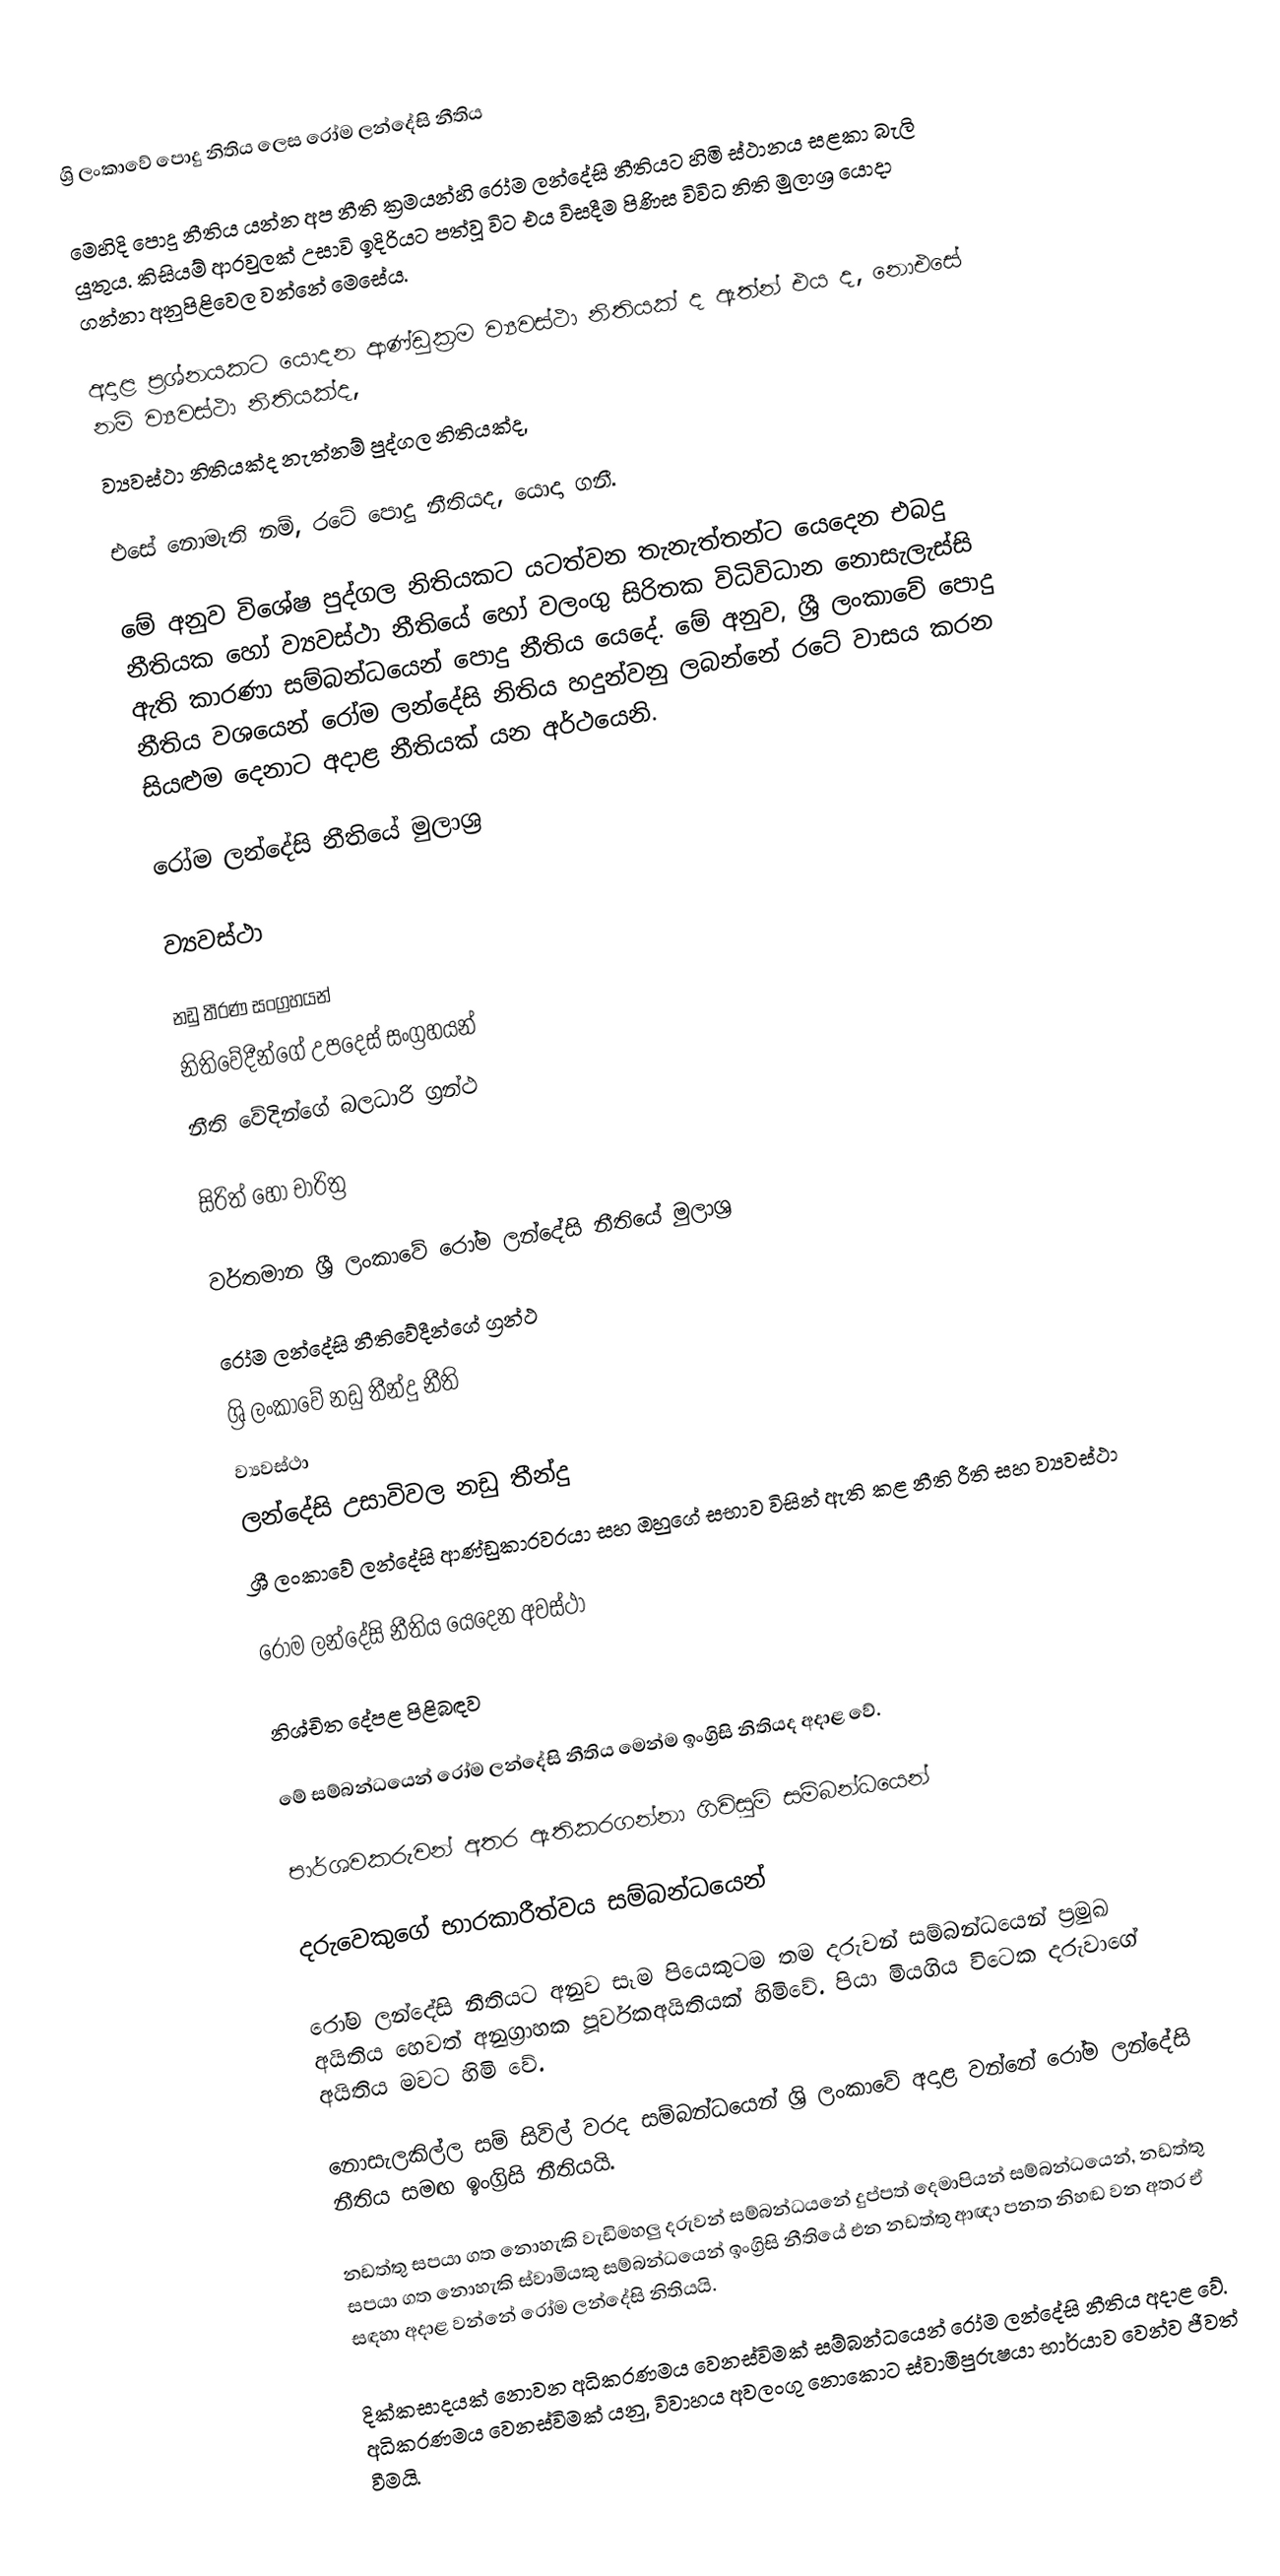
ශ්‍රි ලංකාවේ පොදු නිතිය ලෙස රෝම ලන්දේසි නීතිය

මෙහිදි පොදු නීතිය යන්න අප නීති ක්‍රමයන්හි රෝම ලන්දේසි නීතියට හිමි ස්ථානය සළකා බැලි යුතුය. කිසියම් ආරවුලක්  උසාවි ඉදිරියට පත්වූ විට එය විසදීම පිණිස විවිධ නිති මුලාශ්‍ර යොදා ගන්නා අනුපිළිවෙල වන්නේ මෙසේය.

 අදාළ ප්‍රශ්නයකට යොදන ආණ්ඩුක්‍රම ව්‍යවස්ථා නිතියක් ද ඇත්න් එය ද, නොඑසේ නම් ව්‍යවස්ථා නිතියක්ද,
 ව්‍යවස්ථා නිතියක්ද නැත්නම් පුද්ගල නිතියක්ද,

 එසේ නොමැති නම්, රටේ පොදු නීතියද, යොදා ගනී.

මේ අනුව විශේෂ පුද්ගල නිතියකට යටත්වන තැනැත්තන්ට යෙදෙන එබදු නීතියක හෝ ව්‍යවස්ථා නීතියේ හෝ වලංගු සිරිතක විධිවිධාන නොසැලැස්සි ඇති කාරණා සම්බන්ධයෙන් පොදු නීතිය යෙදේ. මේ අනුව, ශ්‍රී ලංකාවේ පොදු නීතිය වශයෙන් රෝම ලන්දේසි නිතිය හදුන්වනු ලබන්නේ රටේ වාසය කරන සියළුම දෙනාට අදාළ නීතියක් යන අර්ථයෙනි.

රෝම ලන්දේසි නීතියේ මුලාශ්‍ර

 ව්‍යවස්ථා

 නඩු තීරණ  සංග්‍රහයන්
 නිතිවේදීන්ගේ උපදෙස් සංග්‍රහයන්
 නීති වේදින්ගේ බලධාරි ග්‍රන්ථ

 සිරිත් හෝ චාරිත්‍ර

වර්තමාන ශ්‍රී ලංකාවේ රෝම ලන්දේසි නීතියේ මුලාශ්‍ර

 රෝම ලන්දේසි නීතිවේදීන්ගේ ග්‍රන්ථ
 ශ්‍රි ලංකාවේ නඩු තීන්දු නීති
 ව්‍යවස්ථා
 ලන්දේසි උසාවිවල නඩු තීන්දු
 ශ්‍රී ලංකාවේ ලන්දේසි ආණ්ඩුකාරවරයා සහ ඔහුගේ සභාව විසින් ඇති කළ නීති රීති සහ ව්‍යවස්ථා

රෝම ලන්දේසි නීතිය යෙදෙන අවස්ථා

 නිශ්චිත දේපළ පිළිබඳව

           මේ සම්බන්ධයෙන් රෝම ලන්දේසි නීතිය මෙන්ම ඉංග්‍රිසි නිතියද අදාළ වේ.

 පාර්ශවකරුවන් අතර ඇතිකරගන්නා ගිවිසුම් සම්බන්ධයෙන්

 දරුවෙකුගේ භාරකාරීත්වය සම්බන්ධයෙන්

           රෝම ලන්දේසි නීතියට අනුව සෑම පියෙකුටම තම දරුවන් සම්බන්ධයෙන් ප්‍රමුඛ අයිතිය හෙවත් අනුග්‍රාහක පූර්වකඅයිතියක් හිමිවේ. පියා මියගිය විටෙක දරුවාගේ අයිතිය මවට හිමි වේ.

 නොසැලකිල්ල සම් සිවිල් වරද සම්බන්ධයෙන් ශ්‍රි ලංකාවේ අදාළ වන්නේ රෝම ලන්දේසි නීතිය සමඟ ඉංග්‍රිසි නීතියයි.

 නඩත්තු සපයා ගත නොහැකි වැඩිමහලු දරුවන් සම්බන්ධයනේ දුප්පත් දෙමාපියන් සම්බන්ධයෙන්, නඩත්තු සපයා ගත නොහැකි ස්වාමියකු සම්බන්ධයෙන් ඉංග්‍රිසි නීතියේ එන නඩත්තු ආඥා පනත නිහ﻿ඬ වන අතර ඒ සඳහා අදාළ වන්නේ රෝම ලන්දේසි නිතියයි.

 දික්කසාදයක් නොවන අධිකරණමය වෙනස්විමක් සම්බන්ධයෙන් රෝම ලන්දේසි නීතිය අදාළ වේ. අධිකරණමය වෙනස්විමක් යනු, විවාහය අවලංගු නොකොට ස්වාමිපුරුෂයා භාර්යාව වෙන්ව ජීවත් වීමයි.